Annual administration report of the Civil Veterinary Department of India - 1895-1896
Year: 1895
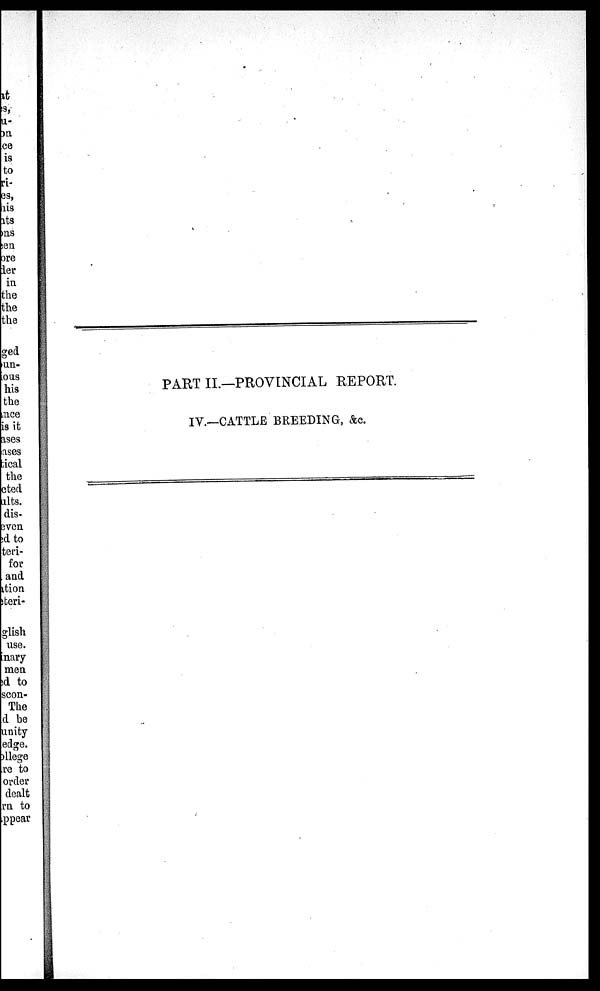
PART II.—PROVINCIAL REPORT.
IV.—CATTLE BREEDING, &c.